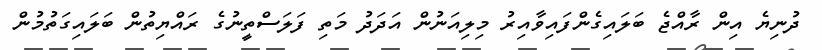
ދުނިޔެ އިން ރާއްޖެ ބަލައިގެންފައިވާއިރު މިލިއަނުން އަދަދު މަތި ފަލަސްތީނުގެ ރައްޔިތުން ބަލައިގަތުމުން